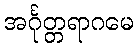
အင်္ဂုတ္တရာဂမေ